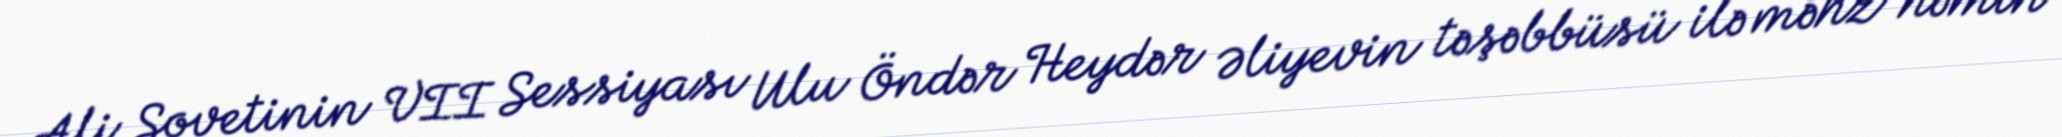
Ali Sovetinin VII Sessiyası Ulu Öndər Heydər Əliyevin təşəbbüsü ilə məhz həmin